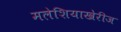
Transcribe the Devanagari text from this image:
मलेशियाखेरीज